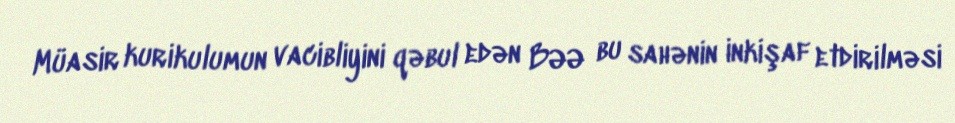
Müasir kurikulumun vacibliyini qəbul edən BƏƏ bu sahənin inkişaf etdirilməsi